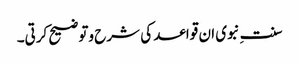
سنت ِنبوی ان قواعد کی شرح وتوضیح کرتی۔